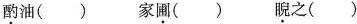
酌油（）家圃（）睨之（）